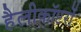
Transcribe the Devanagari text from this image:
हैलीकॉप्टरों